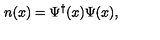
n ( x ) = \Psi ^ { \dagger } ( x ) \Psi ( x ) ,